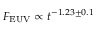
F _ { \mathrm { E U V } } \propto t ^ { - 1 . 2 3 \pm 0 . 1 }